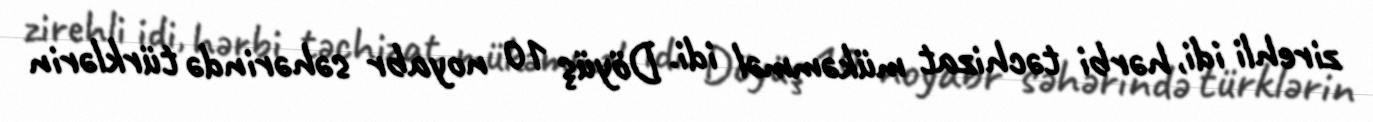
zirehli idi, hərbi təchizat mükəmməl idi. Döyüş 10 noyabr səhərində türklərin